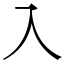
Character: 入